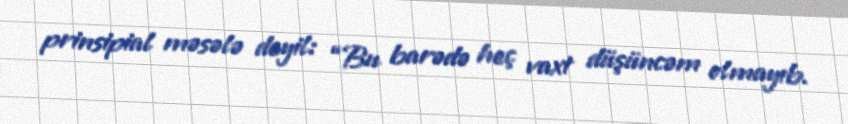
prinsipial məsələ deyil: “Bu barədə heç vaxt düşüncəm olmayıb.